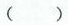
()